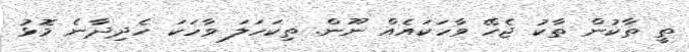
ތީ ތާކުން ތާކު ޖެހޭ ވާހަކައެއް ނޫން. ތިކަހަލަ ވާހަކަ ހެދިދާނެ މޮޅު